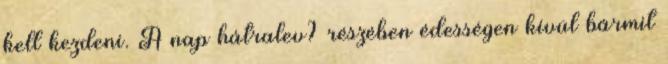
kell kezdeni. A nap hátralev? részében édességen kívül bármit